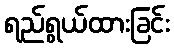
ရည်ရွယ်ထားခြင်း